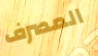
المصرف